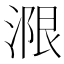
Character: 𱧭